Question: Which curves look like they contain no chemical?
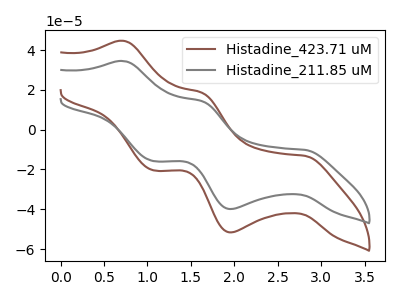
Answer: <think>The brown curve "Histadine_423.71 uM" has anodic peaks at (0.70V, 44.60uA) (1.65V, 18.50uA) and cathodic peaks at (2.80V, -13.15uA) (1.95V, -51.60uA) (1.05V, -20.40uA). The gray curve "Histadine_211.85 uM" has anodic peaks at (0.70V, 34.45uA) (1.65V, 14.30uA) and cathodic peaks at (2.80V, -10.15uA) (1.95V, -39.85uA) (1.05V, -15.75uA).</think>
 <answer>There are not any CV's on this graph that are likely to be blanks.</answer>
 <eval>none</eval>